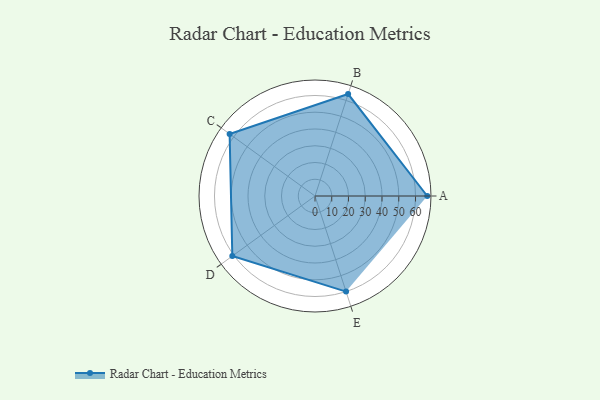
{"axis": {"x": "Skill", "y": "Score"}, "legend": ["Profile"], "data": [{"x": "A", "y": 67.0, "type": "Profile"}, {"x": "B", "y": 64.0, "type": "Profile"}, {"x": "C", "y": 63.0, "type": "Profile"}, {"x": "D", "y": 61.0, "type": "Profile"}, {"x": "E", "y": 60.0, "type": "Profile"}]}